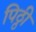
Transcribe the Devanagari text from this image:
पिठ्ठी